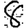
Digit: 8